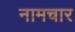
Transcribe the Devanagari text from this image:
नामचार